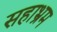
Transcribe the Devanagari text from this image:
सहाभ्रम